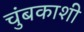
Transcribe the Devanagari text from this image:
चुंबकाशी